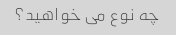
چه نوع می خواهید؟